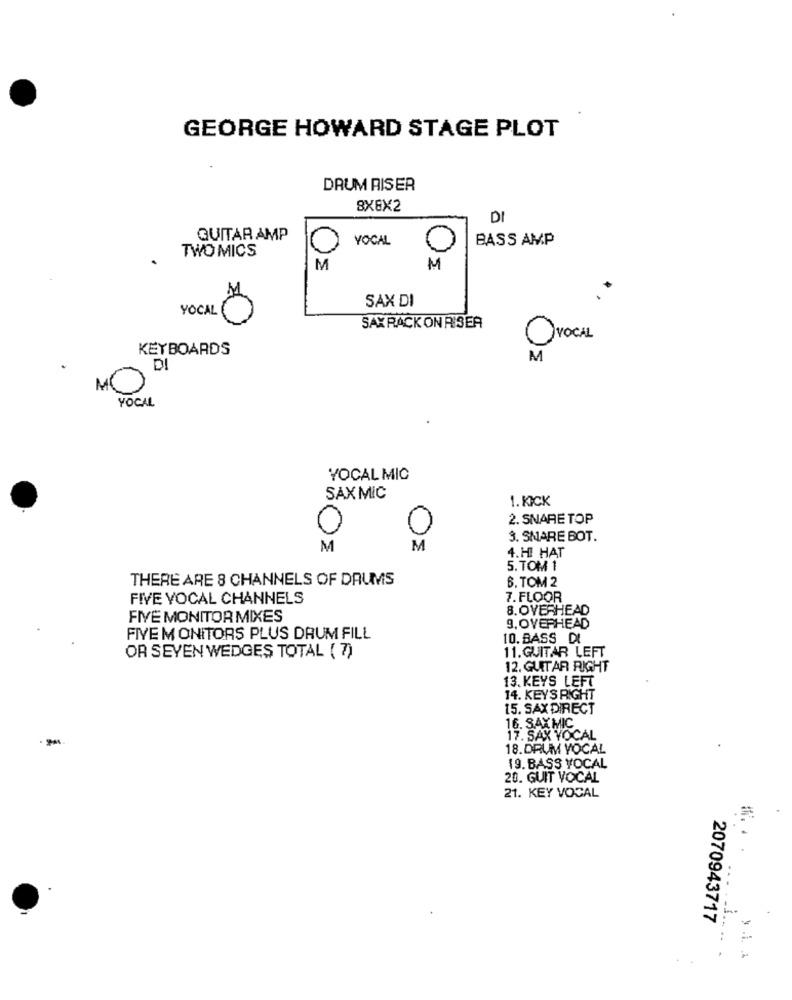
GEORGE HOWARD STAGE PLOT
DAUM RISER
8X8X2
DI
QUITAR AMP
YOCAL
BASS AMP
TWO MICS
M
M
SAX DI
0
SAXRACK ONRISER
OVOCAL
KEYBOARDS
M
DI
MO
YOCAL
YOCAL MIC
SAXMIC
1.KICK
2. SNARE TOP
0
C
3. SHARE BOT.
M
M
4.HI HAT
5. TOM 1
THERE ARE 8 CHANNELS OF DRUMS
6. TOM 2
FIVE VOCAL CHANNELS
7. FLOOR
8. OVERHEAD
FIVE MONITOR MIXES
9, OVERHEAD
FIVE MONITORS PLUS DRUM FILL
10. BASS DI
11.GUITAR LEFT
OR SEYEN WEDGES TOTAL ( 7)
12. GUITAR RIGHT
13. KEYS LEFT
14. KEYS RIGHT
15. SAX DIRECT
16. SAXMIC
17. SAX VOCAL
18.DRUM YOCAL
19. BASS VOCAL
20. GUIT VOCAL
21. KEY VOCAL
2070943717